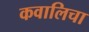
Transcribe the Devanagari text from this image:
कवालिचा